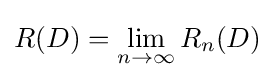
R(D)=\lim _{n\rightarrow \infty }R_{n}(D)